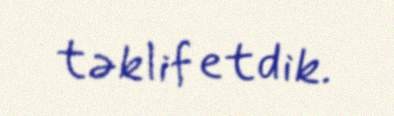
təklif etdik.